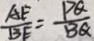
\frac { A E } { B E } = \frac { P Q } { B Q }